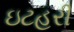
ઇટહરી